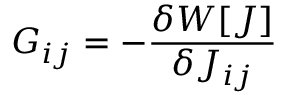
G _ { i j } = - { \frac { \delta W [ J ] } { \delta J _ { i j } } }